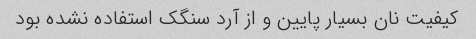
کیفیت نان بسیار پایین و از آرد سنگک استفاده نشده بود